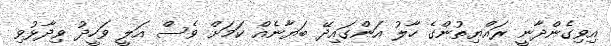
އިވިގެންދާނީ ރައްޔިތުންގެ ހާލު އަންގައިދޭ ބަޔާނެއް ކަމަށް ވެސް އަލީ ވަހީދު ވިދާޅުވި